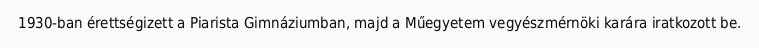
1930-ban érettségizett a Piarista Gimnáziumban, majd a Műegyetem vegyészmérnöki karára iratkozott be.